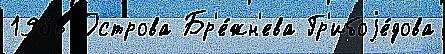
1986 Острова Бр'е́жн'ева Гр'ибоjе́дова